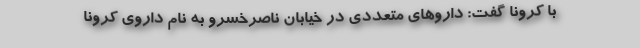
با کرونا گفت: داروهای متعددی در خیابان ناصرخسرو به نام داروی کرونا